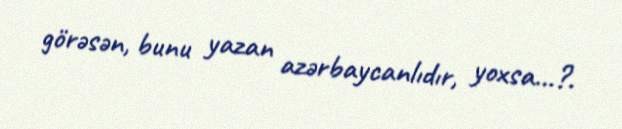
görəsən, bunu yazan azərbaycanlıdır, yoxsa...?.